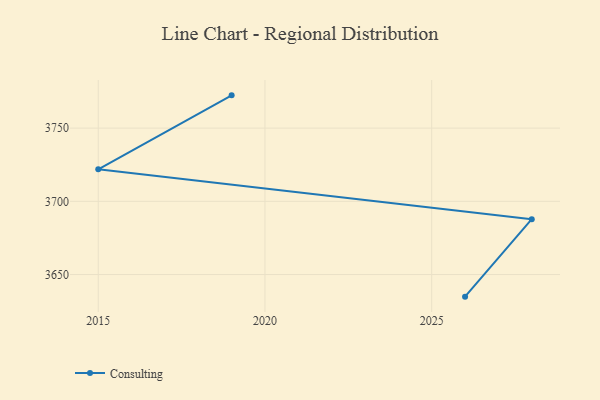
{"axis": {"x": "Year", "y": "Humidity (%)"}, "legend": ["Consulting"], "data": [{"x": "2019", "y": 3772.4, "type": "Consulting"}, {"x": "2015", "y": 3721.9, "type": "Consulting"}, {"x": "2028", "y": 3687.8, "type": "Consulting"}, {"x": "2026", "y": 3634.9, "type": "Consulting"}]}